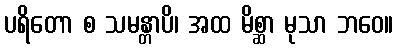
ပရိတော စ သမန္တာပိ၊ အထ မိစ္ဆာ မုသာ ဘဝေ။